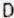
D